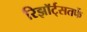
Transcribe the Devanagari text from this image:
रिझॉर्ट्‌सतर्फे